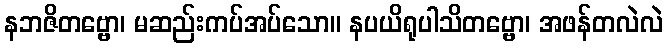
နဘဇိတဗ္ဗော၊ မဆည်းကပ်အပ်သော။ နပယိရုပါသိတဗ္ဗော၊ အဖန်တလဲလဲ